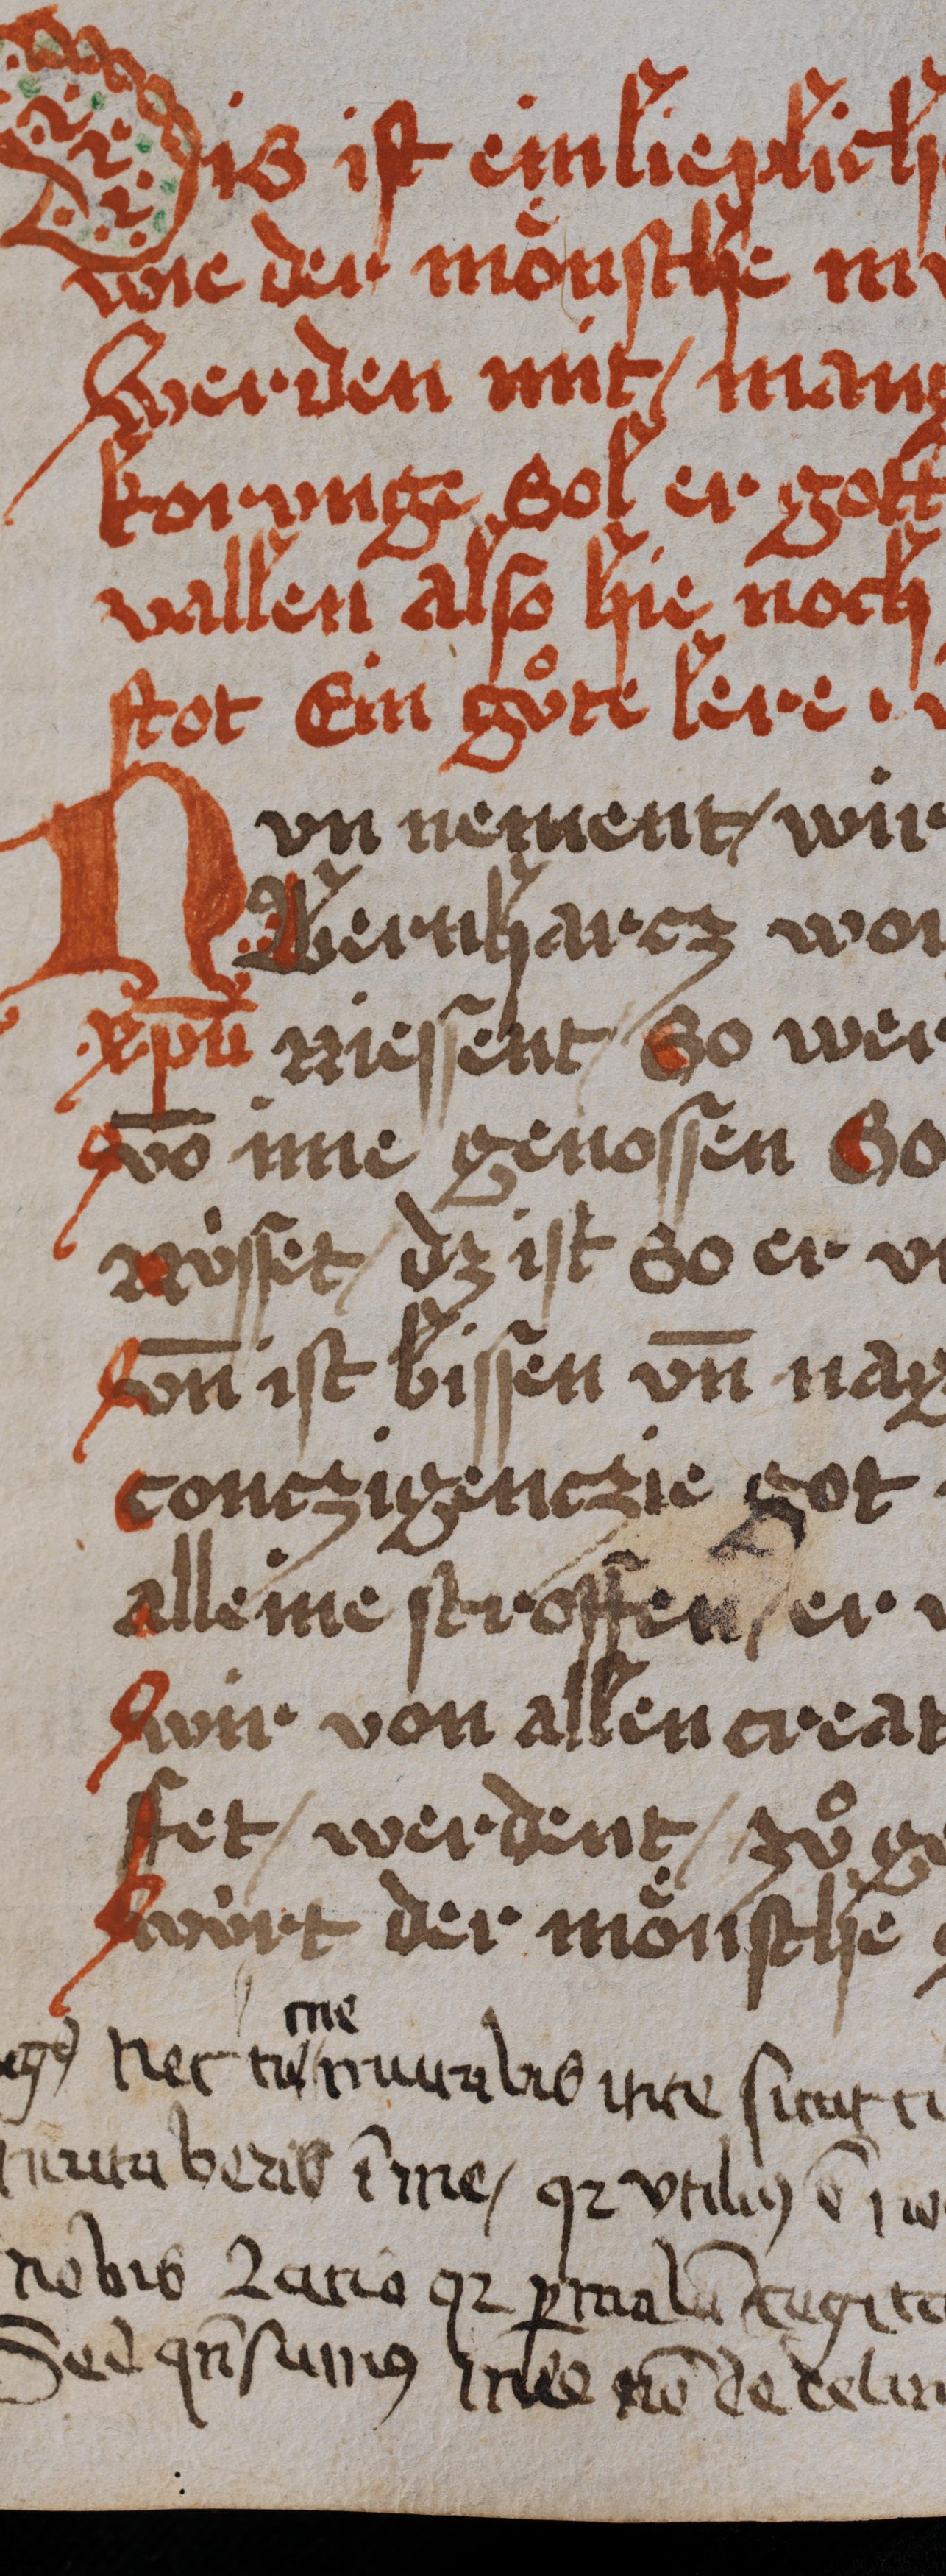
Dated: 1450–1499